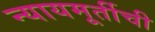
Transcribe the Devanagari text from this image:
न्यायमूर्तीची